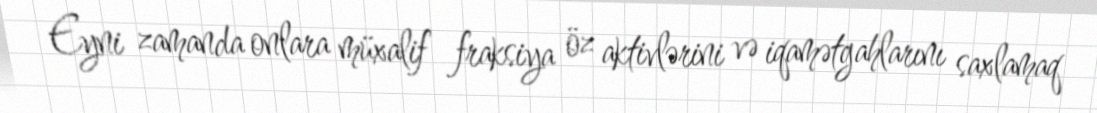
Eyni zamanda onlara müxalif fraksiya öz aktivlərini və iqamətgahlarını saxlamaq